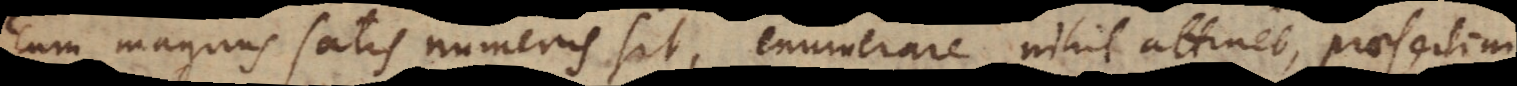
um magnus satis numerus sit, enumerare nihil attinet, praesertim